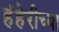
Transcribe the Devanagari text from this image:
हंहेरीच्या